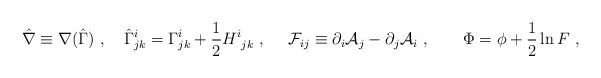
\begin{align*}\hat \nabla\equiv \nabla (\hat \Gamma)\ , \ \ \ \hat \Gamma^i_{jk}= \Gamma^i_{jk} + {1\over 2} H^i_{\ jk} \ , \ \ \ \ {\cal F}_{ij} \equiv \partial_i {\cal A}_j -\partial_j {\cal A}_i\ ,\ \ \ \ \ \ \Phi = \phi + {1\over 2} \ln F\ ,\end{align*}